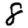
Digit: 8